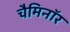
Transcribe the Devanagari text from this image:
चैमिनॉर